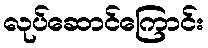
လုပ်ဆောင်ကြောင်း